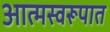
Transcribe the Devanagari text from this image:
आत्मस्वरूपात